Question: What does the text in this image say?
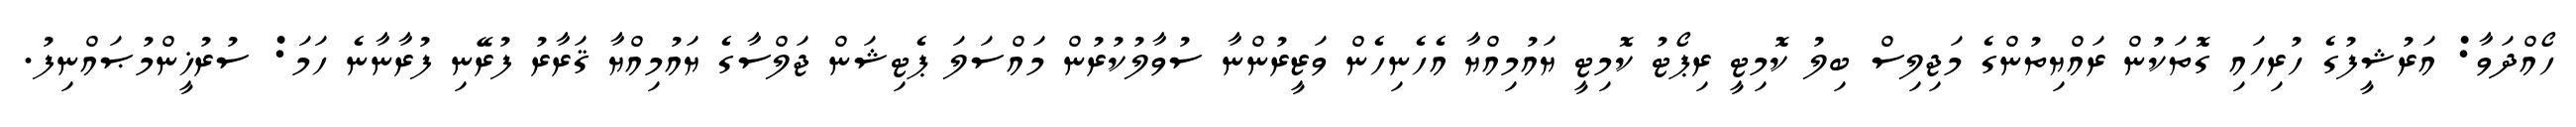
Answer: ހޯއްދަވާ: އަރުޝީފުގެ ހުރިހައި ގޮތަކުން ރައްޔިތުންގެ މަޖިލިސް ބިލު ކޮމިޓީ ރިޕޯޓު ކޮމިޓީ ޔައުމިއްޔާ އެހެނިހެން ވަޒީރުންނާ ސުވާލުކުރުން މައްސަލަ ޕެޓިޝަން ޖަލްސާގެ ޔައުމިއްޔާ ޤަރާރު ފުރޭނި ފުރާނާނެ ހަމަ: ސުރުޚީންމުޞައްނިފު.